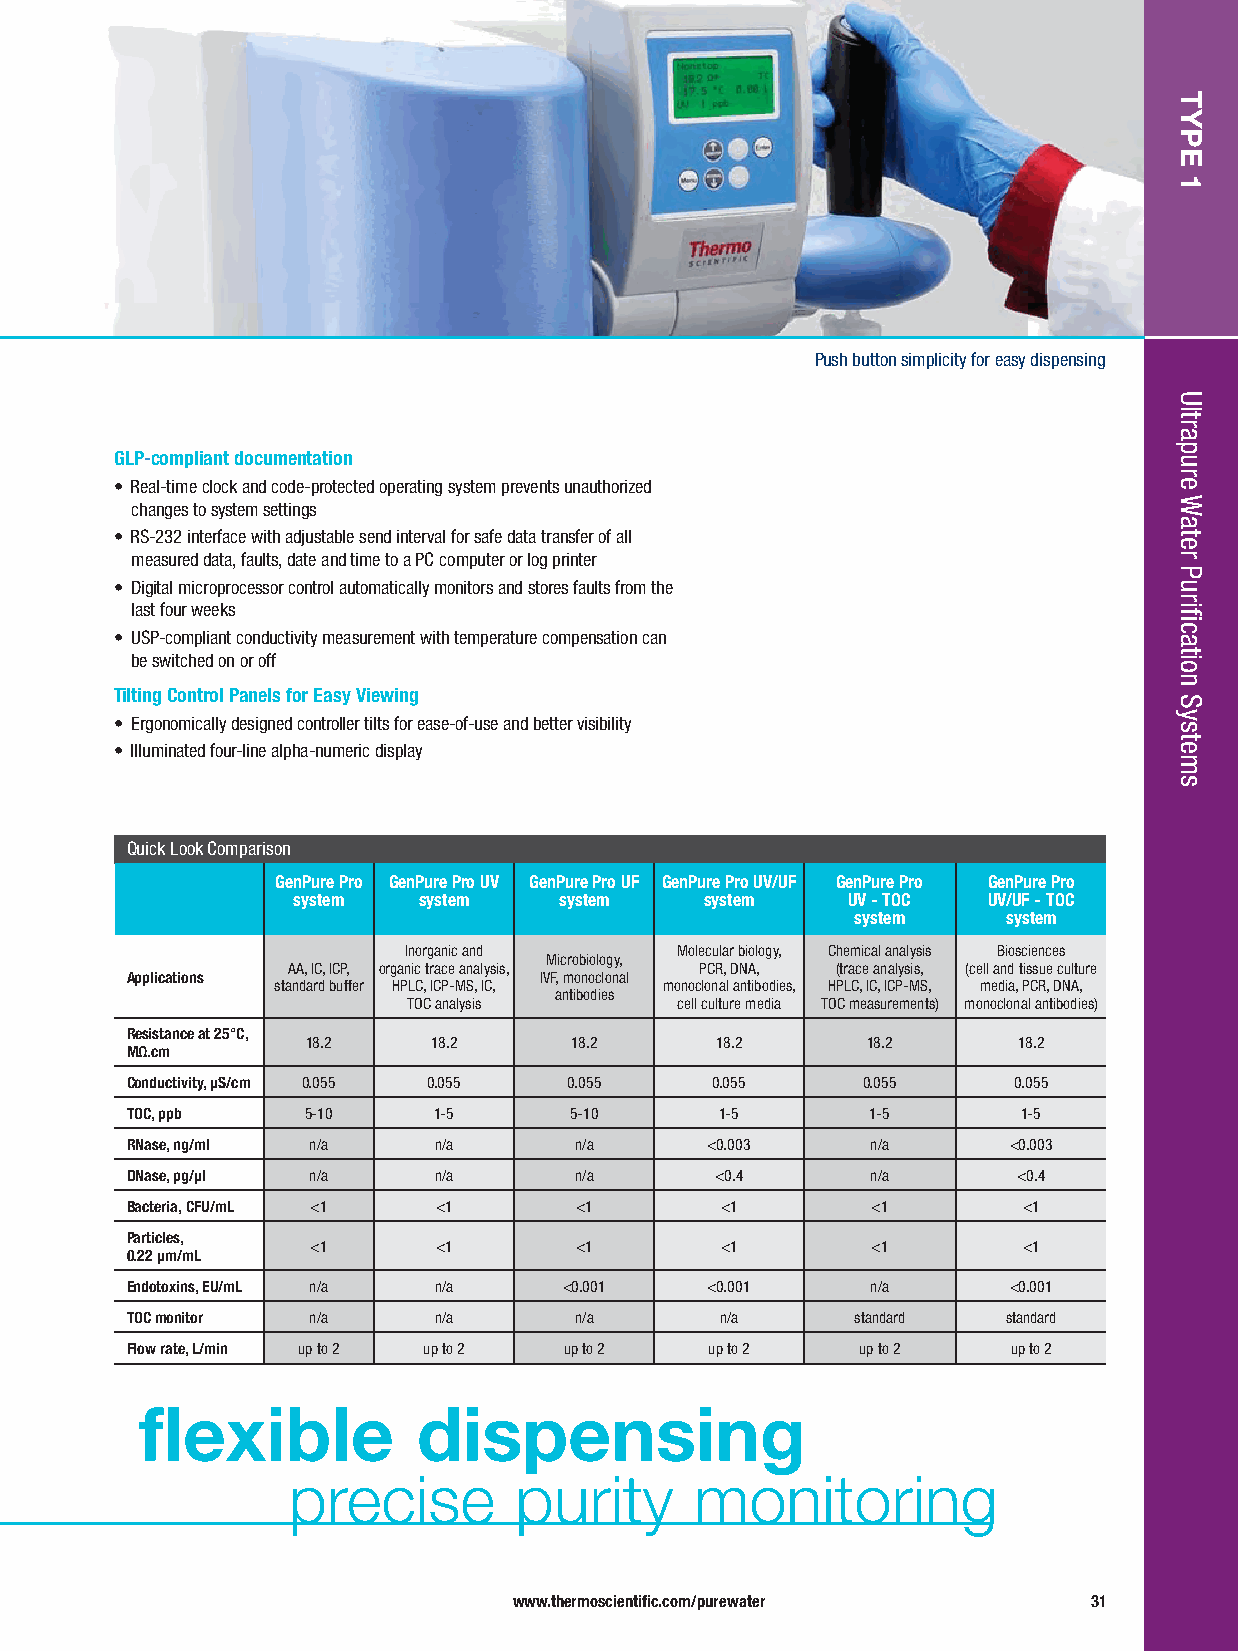
Push button simplicity for easy dispensing
 GLP-compliant documentation
 • Real-time clock and code-protected operating system prevents unauthorized
 changes to system settings
 • RS-232 interface with adjustable send interval for safe data transfer of all
 measured data, faults, date and time to a PC computer or log printer
 • Digital microprocessor control automatically monitors and stores faults from the
 last four weeks
 • USP-compliant conductivity measurement with temperature compensation can
 be switched on or off
 Tilting Control Panels for Easy Viewing
 • Ergonomically designed controller tilts for ease-of-use and better visibility
 • Illuminated four-line alpha-numeric display
 Quick Look Comparison
 GenPure Pro GenPure Pro UV GenPure Pro UF GenPure Pro UV/UF GenPure Pro GenPure Pro
 system   system   system    system   UV - TOC UV/UF - TOC
 system    system
 Inorganic and     Molecular biology, Chemical analysis Biosciences
 Microbiology,
 AA, IC, ICP, organic trace analysis, PCR, DNA, (trace analysis, (cell and tissue culture
 Applications                IVF, monoclonal
 standard buffer HPLC, ICP-MS, IC, monoclonal antibodies, HPLC, IC, ICP-MS, media, PCR, DNA,
 antibodies
 TOC analysis      cell culture media TOC measurements) monoclonal antibodies)
 Resistance at 25°C,
 18.2     18.2     18.2     18.2      18.2      18.2
 MΩ.cm
 Conductivity, μS/cm 0.055 0.055 0.055  0.055     0.055     0.055
 TOC, ppb    5-10     1-5      5-10      1-5       1-5       1-5
 RNase, ng/ml n/a     n/a      n/a      <0.003     n/a      <0.003
 DNase, pg/μl n/a     n/a      n/a      <0.4       n/a      <0.4
 Bacteria, CFU/mL <1  <1       <1        <1        <1        <1
 Particles,
 <1      <1       <1        <1        <1        <1
 0.22 μm/mL
 Endotoxins, EU/mL n/a n/a    <0.001    <0.001     n/a      <0.001
 TOC m onitor n/a     n/a      n/a       n/a      standard  standard
 Flow rate, L/min up to 2 up to 2 up to 2 up to 2 up to 2   up to 2
 flexible           dispensing
 precise        purity      monitoring
 www.thermoscientific.com/purewater    31
 TYPE
 1
 Ultrapure
 Water
 Purification
 Systems